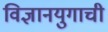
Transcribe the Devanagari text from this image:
विज्ञानयुगाची